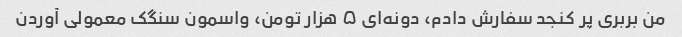
من بربری پر کنجد سفارش دادم، دونه‌ای ۵ هزار تومن، واسمون سنگک معمولی آوردن